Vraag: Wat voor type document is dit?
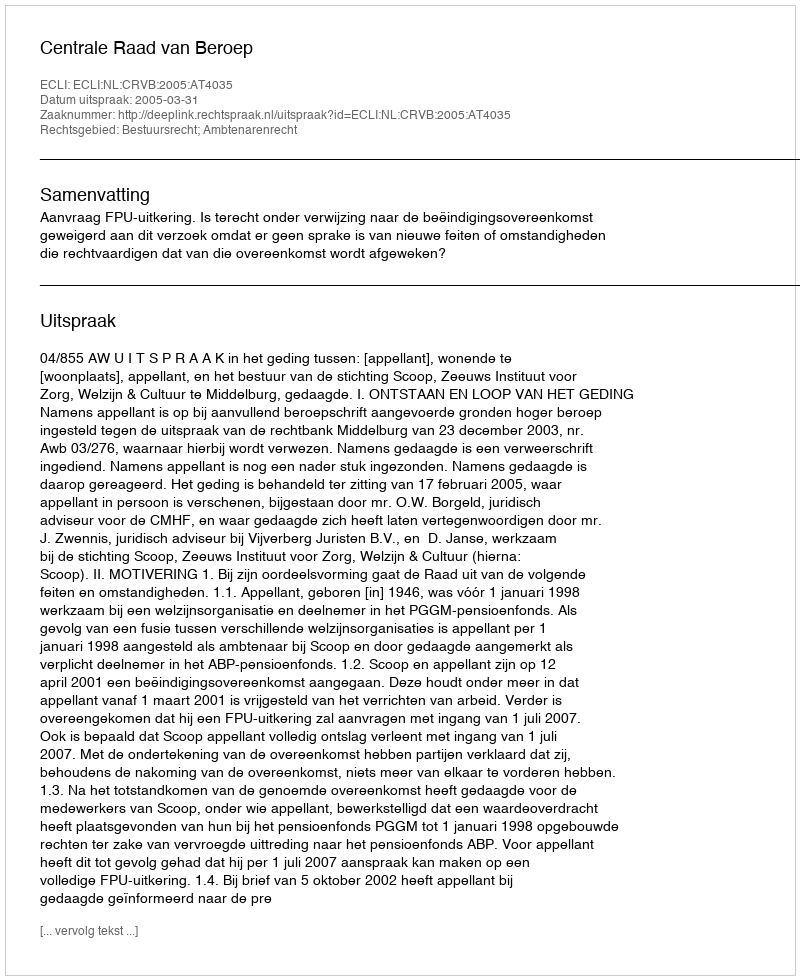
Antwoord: Uitspraak